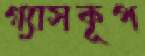
গ্যাসকূপ